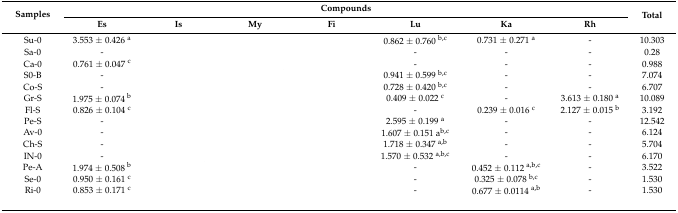
<table><thead><tr><td rowspan="2"><b>Samples</b></td><td colspan="7"><b>Compounds</b></td><td rowspan="2"><b>Total</b></td></tr><tr><td><b>Es</b></td><td><b>Is</b></td><td><b>My</b></td><td><b>Fi</b></td><td><b>Lu</b></td><td><b>Ka</b></td><td><b>Rh</b></td></tr></thead><tbody><tr><td>Su-0</td><td>3.553 ± 0.426 <sup>a</sup></td><td>[EMPTY_CELL]</td><td>[EMPTY_CELL]</td><td>[EMPTY_CELL]</td><td>0.862 ± 0.760 <sup>b,c</sup></td><td>0.731 ± 0.271 <sup>a</sup></td><td>-</td><td>10.303</td></tr><tr><td>Sa-0</td><td>-</td><td>[EMPTY_CELL]</td><td>[EMPTY_CELL]</td><td>[EMPTY_CELL]</td><td>-</td><td>-</td><td>-</td><td>0.28</td></tr><tr><td>Ca-0</td><td>0.761 ± 0.047 <sup>c</sup></td><td>[EMPTY_CELL]</td><td>[EMPTY_CELL]</td><td>[EMPTY_CELL]</td><td>-</td><td>-</td><td>-</td><td>0.988</td></tr><tr><td>S0-B</td><td>-</td><td>[EMPTY_CELL]</td><td>[EMPTY_CELL]</td><td>[EMPTY_CELL]</td><td>0.941 ± 0.599 <sup>b,c</sup></td><td>-</td><td>-</td><td>7.074</td></tr><tr><td>Co-S</td><td>-</td><td>[EMPTY_CELL]</td><td>[EMPTY_CELL]</td><td>[EMPTY_CELL]</td><td>0.728 ± 0.420 <sup>b,c</sup></td><td>-</td><td>-</td><td>6.707</td></tr><tr><td>Gr-S</td><td>1.975 ± 0.074 <sup>b</sup></td><td>[EMPTY_CELL]</td><td>[EMPTY_CELL]</td><td>[EMPTY_CELL]</td><td>0.409 ± 0.022 <sup>c</sup></td><td>-</td><td>3.613 ± 0.180 <sup>a</sup></td><td>10.089</td></tr><tr><td>Fl-S</td><td>0.826 ± 0.104 <sup>c</sup></td><td>[EMPTY_CELL]</td><td>[EMPTY_CELL]</td><td>[EMPTY_CELL]</td><td>-</td><td>0.239 ± 0.016 <sup>c</sup></td><td>2.127 ± 0.015 <sup>b</sup></td><td>3.192</td></tr><tr><td>Pe-S</td><td>-</td><td>[EMPTY_CELL]</td><td>[EMPTY_CELL]</td><td>[EMPTY_CELL]</td><td>2.595 ± 0.199 <sup>a</sup></td><td>-</td><td>-</td><td>12.542</td></tr><tr><td>Av-0</td><td>-</td><td>[EMPTY_CELL]</td><td>[EMPTY_CELL]</td><td>[EMPTY_CELL]</td><td>1.607 ± 0.151 a<sup>b,c</sup></td><td>-</td><td>-</td><td>6.124</td></tr><tr><td>Ch-S</td><td>-</td><td>[EMPTY_CELL]</td><td>[EMPTY_CELL]</td><td>[EMPTY_CELL]</td><td>1.718 ± 0.347 <sup>a,b</sup></td><td>-</td><td>-</td><td>5.704</td></tr><tr><td>IN-0</td><td>-</td><td>[EMPTY_CELL]</td><td>[EMPTY_CELL]</td><td>[EMPTY_CELL]</td><td>1.570 ± 0.532 <sup>a,b,c</sup></td><td>-</td><td>-</td><td>6.170</td></tr><tr><td>Pe-A</td><td>1.974 ± 0.508 <sup>b</sup></td><td>[EMPTY_CELL]</td><td>[EMPTY_CELL]</td><td>[EMPTY_CELL]</td><td>-</td><td>0.452 ± 0.112 <sup>a,b,c</sup></td><td>-</td><td>3.522</td></tr><tr><td>Se-0</td><td>0.950 ± 0.161 <sup>c</sup></td><td>[EMPTY_CELL]</td><td>[EMPTY_CELL]</td><td>[EMPTY_CELL]</td><td>-</td><td>0.325 ± 0.078 <sup>b,c</sup></td><td>-</td><td>1.530</td></tr><tr><td>Ri-0</td><td>0.853 ± 0.171 <sup>c</sup></td><td>[EMPTY_CELL]</td><td>[EMPTY_CELL]</td><td>[EMPTY_CELL]</td><td>-</td><td>0.677 ± 0.0114 <sup>a,b</sup></td><td>-</td><td>1.530</td></tr><tr><td>[EMPTY_CELL]</td><td>[EMPTY_CELL]</td><td>[EMPTY_CELL]</td><td>[EMPTY_CELL]</td><td>[EMPTY_CELL]</td><td>[EMPTY_CELL]</td><td>[EMPTY_CELL]</td><td>[EMPTY_CELL]</td><td>[EMPTY_CELL]</td></tr></tbody></table>